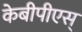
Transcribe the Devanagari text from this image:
केबीपीएस्‌